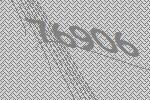
76906